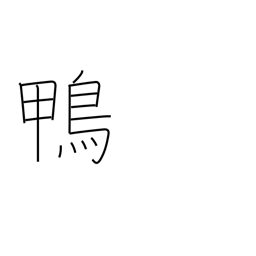
Meaning: easy mark